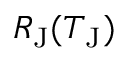
R _ { \mathrm { J } } ( T _ { \mathrm { J } } )